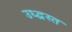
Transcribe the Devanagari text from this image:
उध्द्वस्त